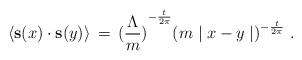
\begin{align*}\langle {\bf s}(x) \cdot {\bf s}(y) \rangle \,=\,{(\frac{\Lambda}{m})}^{-\frac{t}{2 \pi}} {( m \mid x - y \mid)}^{-\frac{t}{2 \pi}} \;.\end{align*}